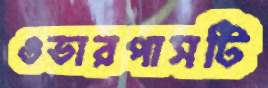
ওভারপাসটি